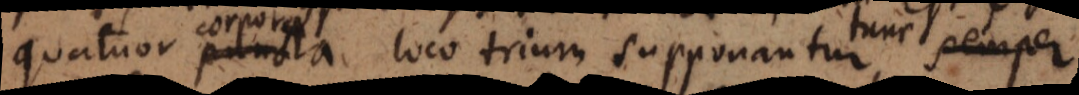
quatuor puncta loco trium supponantur, semper